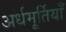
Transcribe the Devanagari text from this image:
अर्धमूर्तियाँ